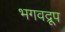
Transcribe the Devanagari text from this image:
भगवद्रूप